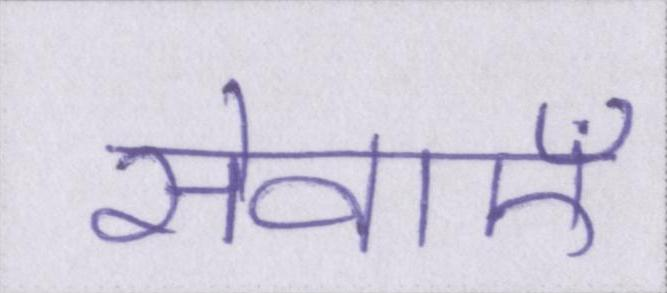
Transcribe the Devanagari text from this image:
सेवाऍं